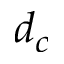
d _ { c }